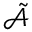
\tilde { \mathcal { A } }